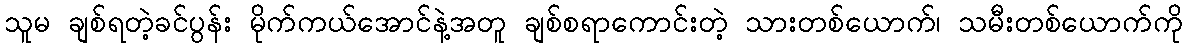
သူမ ချစ်ရတဲ့ခင်ပွန်း မိုက်ကယ်အောင်နဲ့အတူ ချစ်စရာကောင်းတဲ့ သားတစ်ယောက်၊ သမီးတစ်ယောက်ကို